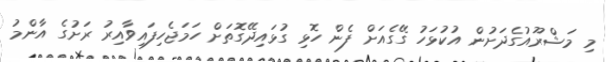
މި މަޝްރޫއުގެދަށުން އުކުޅަހު ގޭގެއަށް ފެން ހޮޅި ގުޅައިދޭގޮތަށް ހަމަޖެހިފައިވާއިރު ރަށުގެ އާންމު